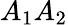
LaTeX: A_{1}A_{2}